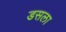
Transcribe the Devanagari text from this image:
डसला